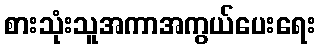
စားသုံးသူအကာအကွယ်ပေးရေး